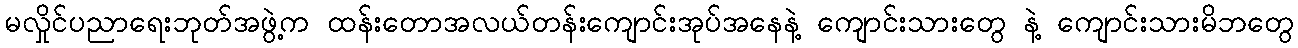
မလှိုင်ပညာရေးဘုတ်အဖွဲ့က ထန်းတောအလယ်တန်းကျောင်းအုပ်အနေနဲ့ ကျောင်းသားတွေ နဲ့ ကျောင်းသားမိဘတွေ